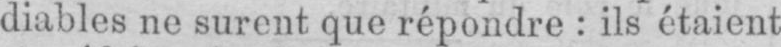
diables ne surent que répondre: ils étaient